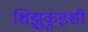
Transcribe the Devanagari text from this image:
शिझुकुइशी